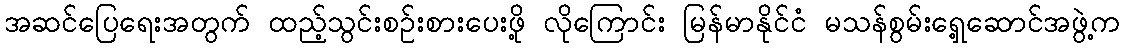
အဆင်ပြေရေးအတွက် ထည့်သွင်းစဉ်းစားပေးဖို့ လိုကြောင်း မြန်မာနိုင်ငံ မသန်စွမ်းရှေ့ဆောင်အဖွဲ့က